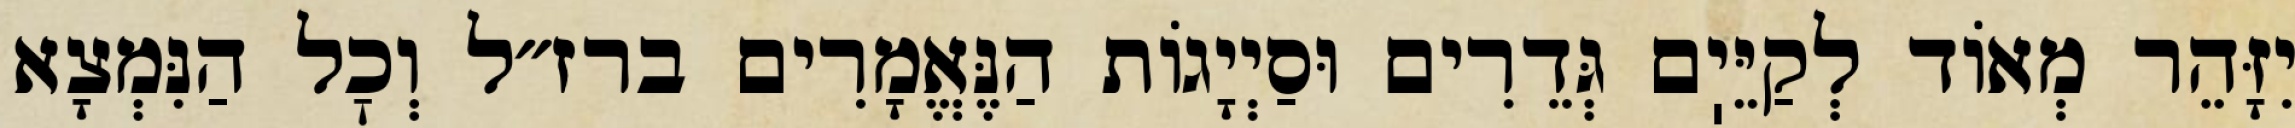
יִזָּהֵר מְאוֹד לְקַיֵּיֽם גְּדֵרִים וּסַיְיָגוֹת הַנֶּאֱמָרִים ברז״ל וְכׇל הַנִּמְצָא